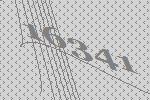
16341